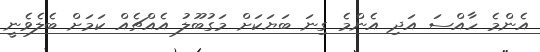
އެންމެ ހާއްސަ އަދި އެންމެ ގިނަ ބަޔަކަށް މަގުބޫލު އެއްޗެއް ކަމަށް ބެލެވެނީ